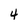
Character: 4